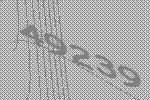
49239